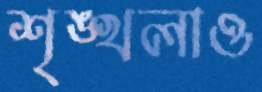
শৃঙ্খলাও